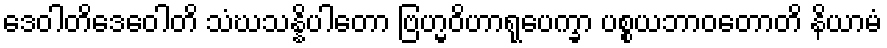
ဒေဝါတိဒေဝေါတိ သံဃသန္နိပါတော ဗြဟ္မဝိဟာရုပေက္ခာ ပစ္စယဘာဝတောတိ နိယာမံ